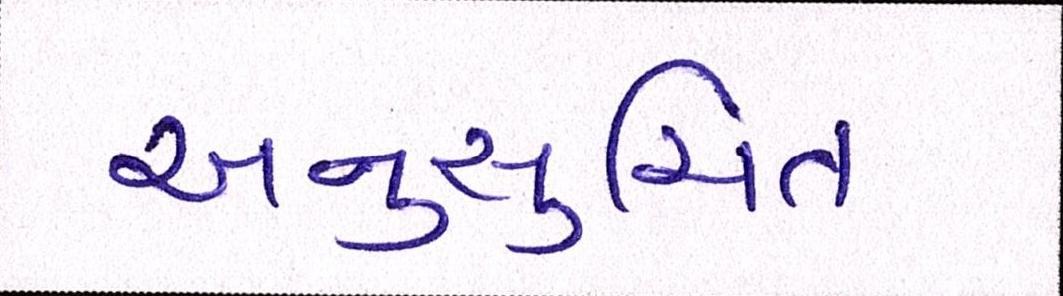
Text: અનુસુચિત